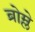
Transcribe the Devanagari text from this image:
ब्रोम्ले